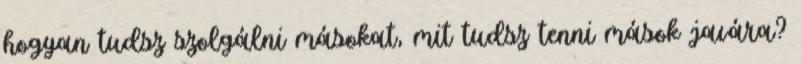
hogyan tudsz szolgálni másokat, mit tudsz tenni mások javára?